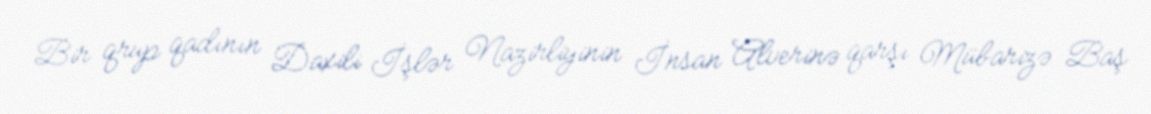
Bir qrup qadının Daxili İşlər Nazirliyinin İnsan Alverinə qarşı Mübarizə Baş